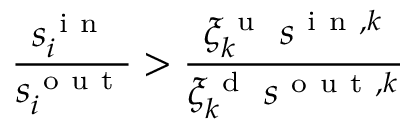
\frac { s _ { i } ^ { \mathrm { ~ i ~ n ~ } } } { s _ { i } ^ { \mathrm { ~ o ~ u ~ t ~ } } } > \frac { \xi _ { k } ^ { \mathrm { ~ u ~ } } \; s ^ { \mathrm { ~ i ~ n ~ } , k } } { \xi _ { k } ^ { \mathrm { ~ d ~ } } \; s ^ { \mathrm { ~ o ~ u ~ t ~ } , k } } \qquad